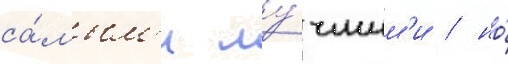
са́мым'и лу́чшим'и / но́